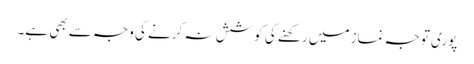
پوری توجہ نماز میں رکھنے کی کوشش نہ کرنے کی وجہ سے بھی ہے۔